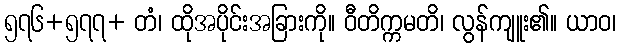
၅၇၆+၅၇၇+ တံ၊ ထိုအပိုင်းအခြားကို။ ဝီတိက္ကမတိ၊ လွန်ကျူး၏။ ယာဝ၊